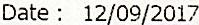
DATE : 12/09/2017